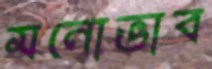
মনোভাব